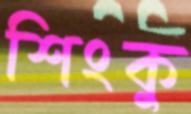
শিংকু